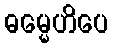
ဓမ္မေဟိပေ